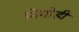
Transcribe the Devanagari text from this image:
निगोडी